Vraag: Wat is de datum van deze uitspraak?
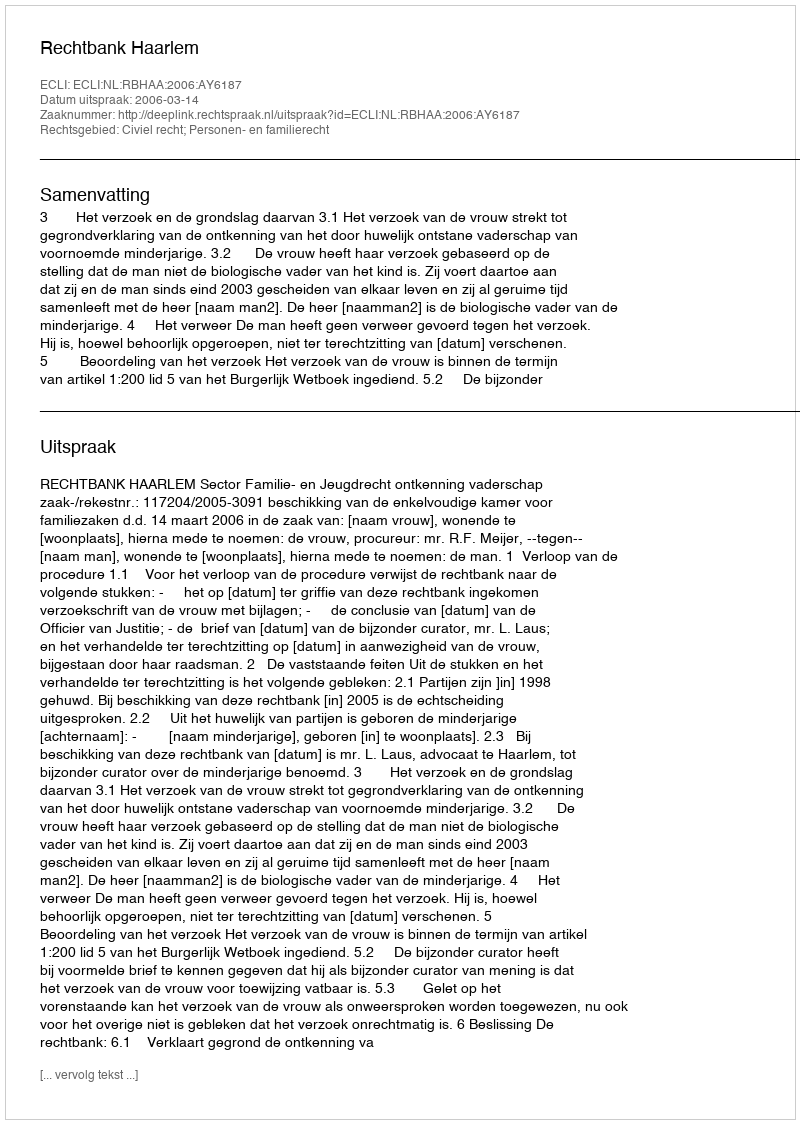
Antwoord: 2006-03-14